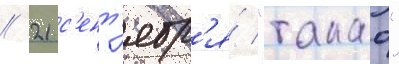
// 21 с'ент'ябр'я́ "такао"